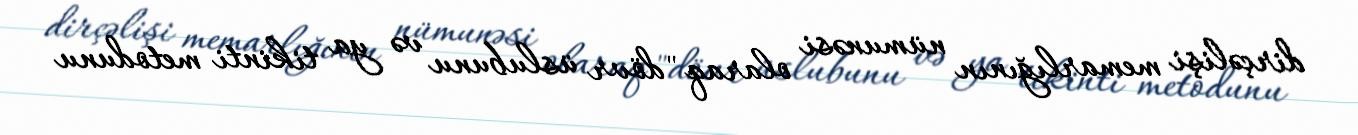
dirçəlişi memarlığının nümunəsi olaraq "dövr üslubunu və ya tikinti metodunu